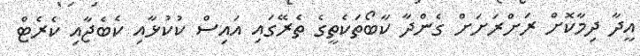
އީދާ ދިމާކޮށް ރަށްރަށަށް ގެންދާ ކާބޯތަކެތީގެ ތެރޭގައި އައިސް ކުކުޅާއި ކެބެޖާއި ކެރެޓް